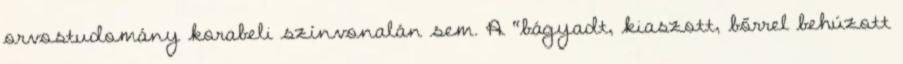
orvostudomány korabeli színvonalán sem. A “bágyadt, kiaszott, bőrrel behúzott